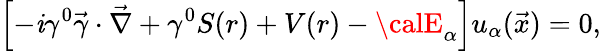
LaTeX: \left[-\mathit{i}\gamma^{0}\vec{{\gamma}}\cdot\vec{{\nabla}}+\gamma^{0}S(r)+V(r)-{\calE}_{\alpha}\right]u_{\alpha}(\vec{{x}})=0,